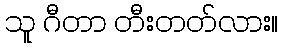
သူ ဂီတာ တီးတတ်လား။